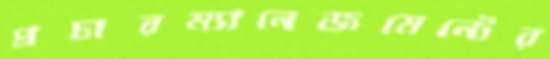
প্রচারম্যানেজমেন্টের